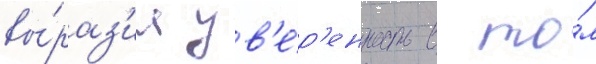
вы́раз'ил ув'е́р'енность в то́м